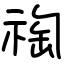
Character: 祹